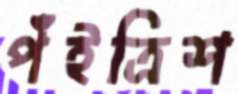
পঁইত্রিশ